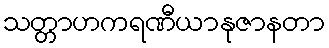
သတ္တာဟကရဏီယာနုဇာနတာ